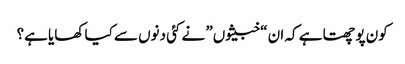
کون پوچھتا ہے کہ ان “خبیثوں” نے کئی دنوں سے کیا کھایا ہے؟